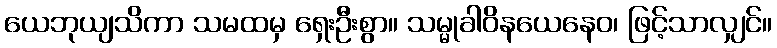
ယေဘုယျသိကာ သမထမှ ရှေးဦးစွာ။ သမ္မုခါဝိနယေနေဝ၊ ဖြင့်သာလျှင်။